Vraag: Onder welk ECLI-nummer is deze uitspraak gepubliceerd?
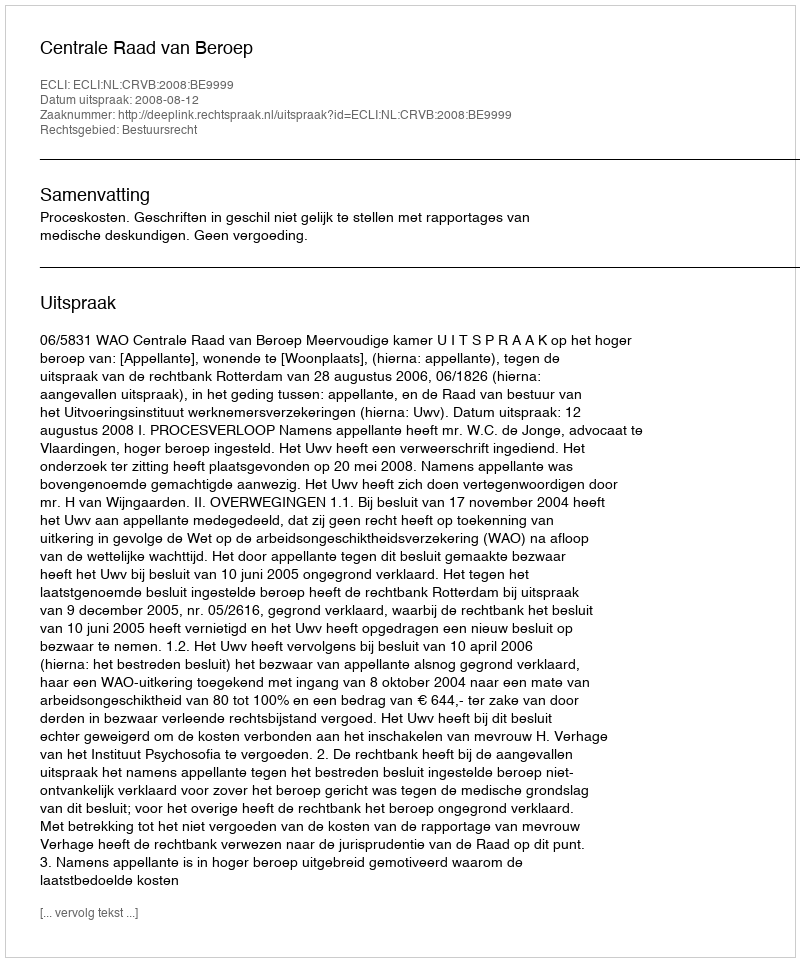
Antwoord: ECLI:NL:CRVB:2008:BE9999